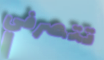
تتصرفي